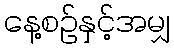
နေ့စဉ်နှင့်အမျှ